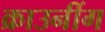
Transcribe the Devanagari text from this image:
क्राउनींग